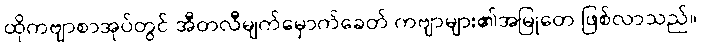
ထိုကဗျာစာအုပ်တွင် အီတလီမျက်မှောက်ခေတ် ကဗျာများ၏အမြုတေ ဖြစ်လာသည်။